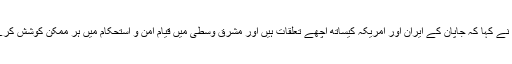
انہوں نے کہا کہ جاپان کے ایران اور امریکہ کیساتھ اچھے تعلقات ہیں اور مشرق وسطی میں قیام امن و استحکام میں ہر ممکن کوشش کرے گا۔